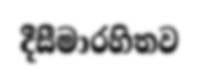
දීසීමාරහිතව